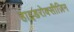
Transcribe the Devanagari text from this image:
हाइडरोक्सीज़िन